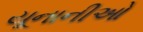
યૂનાનીઓ